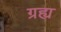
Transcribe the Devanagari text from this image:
ग्रह्य